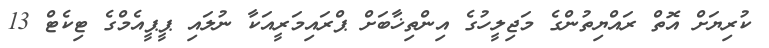
ކުރިޔަށް އޮތް ރައްޔިތުންގެ މަޖިލީހުގެ އިންތިޚާބަށް ޕްރައިމަރީއަކާ ނުލައި ޕީޕީއެމްގެ ޓިކެޓް 13